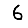
Digit: 6